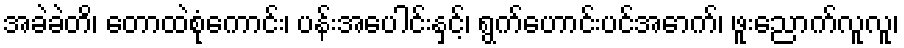
အခဲခဲတိ၊ တောထဲစုံကောင်း၊ ပန်းအပေါင်းနှင့်၊ ရွက်ဟောင်းပင်အောက်၊ ဖူးညောက်လူလူ၊